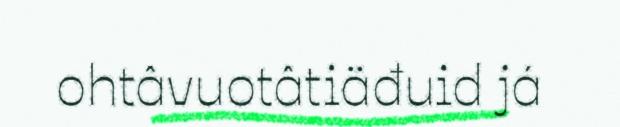
ohtâvuotâtiäđuid já